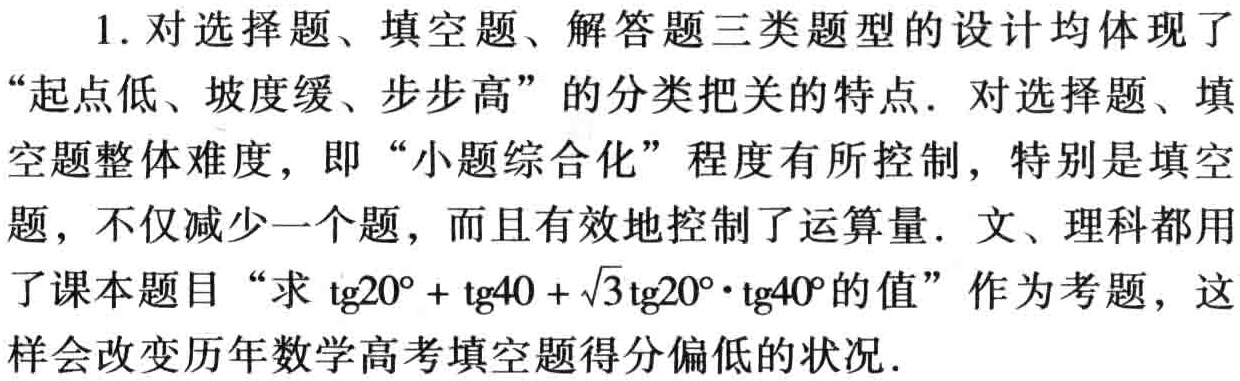
1. 对选择题、填空题、解答题三类题型的设计均体现了

“起点低、坡度缓、步步高”的分类把关的特点．对选择题、填

空题整体难度，即“小题综合化”程度有所控制，特别是填空

题，不仅减少一个题，而且有效地控制了运算量．文、理科都用

了课本题目“求\(\text{tg}20^{\circ}+\text{tg}40^{\circ}+\sqrt{3}\text{tg}20^{\circ}\cdot\text{tg}40^{\circ}\)的值”作为考题，这

样会改变历年数学高考填空题得分偏低的状况．